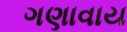
ગણાવાય